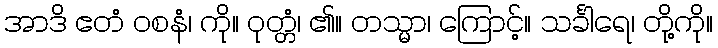
အာဒိ ဧတံ ဝစနံ၊ ကို။ ဝုတ္တံ၊ ၏။ တသ္မာ၊ ကြောင့်။ သင်္ခါရေ၊ တို့ကို။